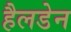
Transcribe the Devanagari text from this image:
हैलडेन